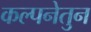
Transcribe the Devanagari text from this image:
कल्पनेतुन